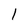
Character: 1